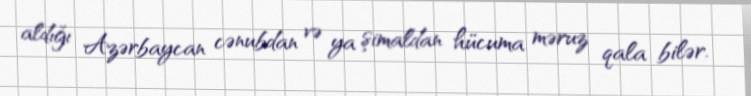
aldığı Azərbaycan cənubdan və ya şimaldan hücuma məruz qala bilər.